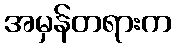
အမှန်တရားက